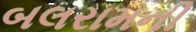
બલરામની